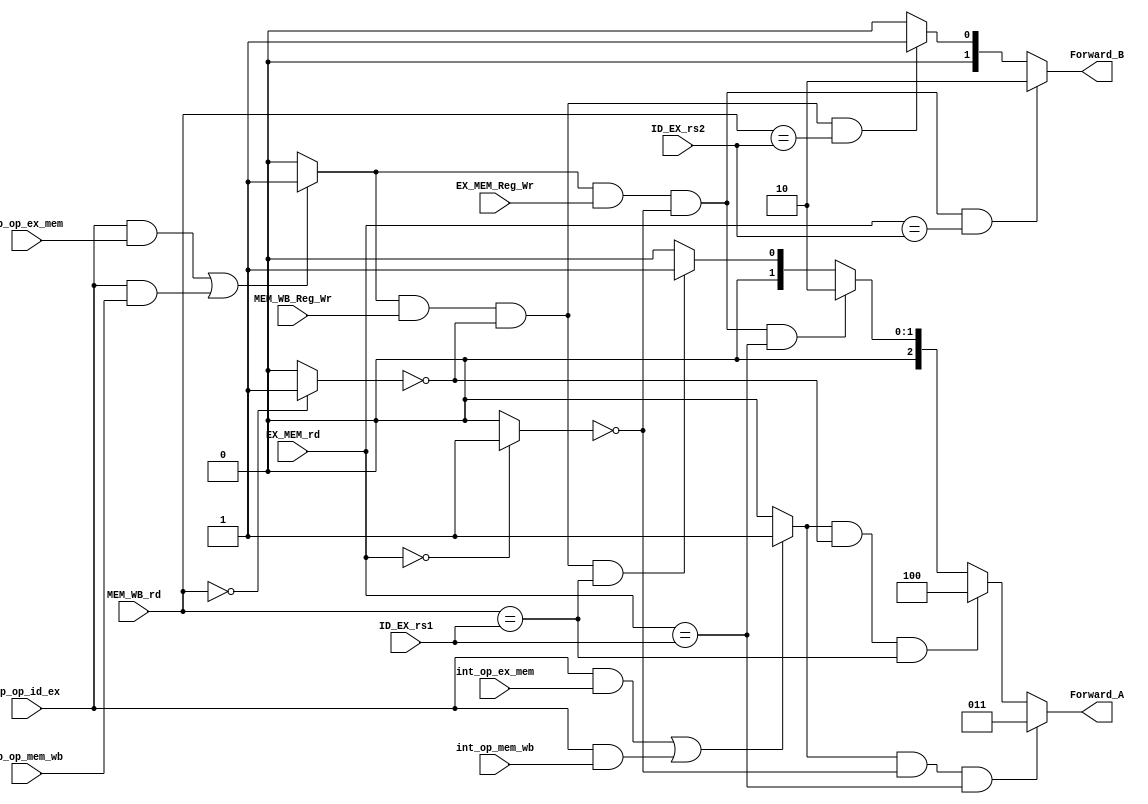
(* DONT_TOUCH = "TRUE" *) module FForward_Unit #(
	parameter WIDTH_SOURCE = 5
)
(
	// INPUT
	// Foward Decision Signals
	input  wire                    fp_op_id_ex,
	input  wire                    fp_op_ex_mem,
	input  wire                    fp_op_mem_wb,

	input  wire                    int_op_ex_mem,
	input  wire                    int_op_mem_wb,

	input  wire 				   EX_MEM_Reg_Wr,
	input  wire 				   MEM_WB_Reg_Wr,
	input  wire [WIDTH_SOURCE-1:0] ID_EX_rs1,
	input  wire [WIDTH_SOURCE-1:0] ID_EX_rs2,
	input  wire [WIDTH_SOURCE-1:0] EX_MEM_rd,
	input  wire [WIDTH_SOURCE-1:0] MEM_WB_rd,

	// OUTPUT
	output reg [2:0] 			   Forward_A,
	output reg [1:0] 			   Forward_B
);

reg i2fforward_detect;
reg fforward_detect;

wire EX_dest_x0;
wire MEM_dest_x0;

always @(*) begin
	if ((fp_op_id_ex == 1'b1 && fp_op_ex_mem == 1'b1) || (fp_op_id_ex == 1'b1 && fp_op_mem_wb == 1'b1)) begin
		fforward_detect = 1'b1;
	end
	else begin
		fforward_detect = 1'b0;
	end

end
always @(*) begin
	if ((fp_op_id_ex == 1'b1 && int_op_ex_mem == 1'b1) || (fp_op_id_ex == 1'b1 && int_op_mem_wb == 1'b1)) begin
		i2fforward_detect = 1'b1;
	end
	else begin
		i2fforward_detect = 1'b0;
	end

end

assign EX_dest_x0 	  = !EX_MEM_rd? 1'b1:1'b0;
assign MEM_dest_x0 	  = !MEM_WB_rd? 1'b1:1'b0;


// Src1 ==> A
always @(*) begin

	Forward_A = 3'b000;
	// EX Forward
	if (i2fforward_detect && !EX_dest_x0 && EX_MEM_rd == ID_EX_rs1) begin
		Forward_A = 3'b011;		
	end
	// MEM Forward
	else if (i2fforward_detect && !MEM_dest_x0 && MEM_WB_rd == ID_EX_rs1) begin
		Forward_A = 3'b100;		
	end

	// EX Forward
	else if (fforward_detect && EX_MEM_Reg_Wr && !EX_dest_x0 && EX_MEM_rd == ID_EX_rs1) begin
		Forward_A = 3'b010;		
	end
	// MEM Forward
	else if (fforward_detect && MEM_WB_Reg_Wr && !MEM_dest_x0 && MEM_WB_rd == ID_EX_rs1) begin
		Forward_A = 3'b001;		
	end
	else begin
		Forward_A = 3'b000;
	end
	
end

// Src1 ==> B
always @(*) begin

	Forward_B = 2'b00;
	// EX Forward
	if (fforward_detect && EX_MEM_Reg_Wr && !EX_dest_x0 && EX_MEM_rd == ID_EX_rs2) begin
		Forward_B = 2'b10;		
	end
	// MEM Forward
	else if (fforward_detect && MEM_WB_Reg_Wr && !MEM_dest_x0 && MEM_WB_rd == ID_EX_rs2) begin
		Forward_B = 2'b01;		
	end
	else begin
		Forward_B = 2'b00;
	end
	
end

endmodule